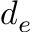
d _ { e }